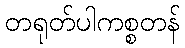
တရုတ်ပါကစ္စတန်